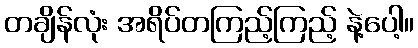
တချိန်လုံး အရိပ်တကြည့်ကြည့် နဲ့ပေါ့။